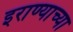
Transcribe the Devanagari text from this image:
इराण्याच्या